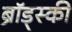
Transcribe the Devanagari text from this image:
ब्रॉड्स्की